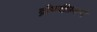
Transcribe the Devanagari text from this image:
द्रौपदीप्रमाणे